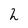
Character: 2